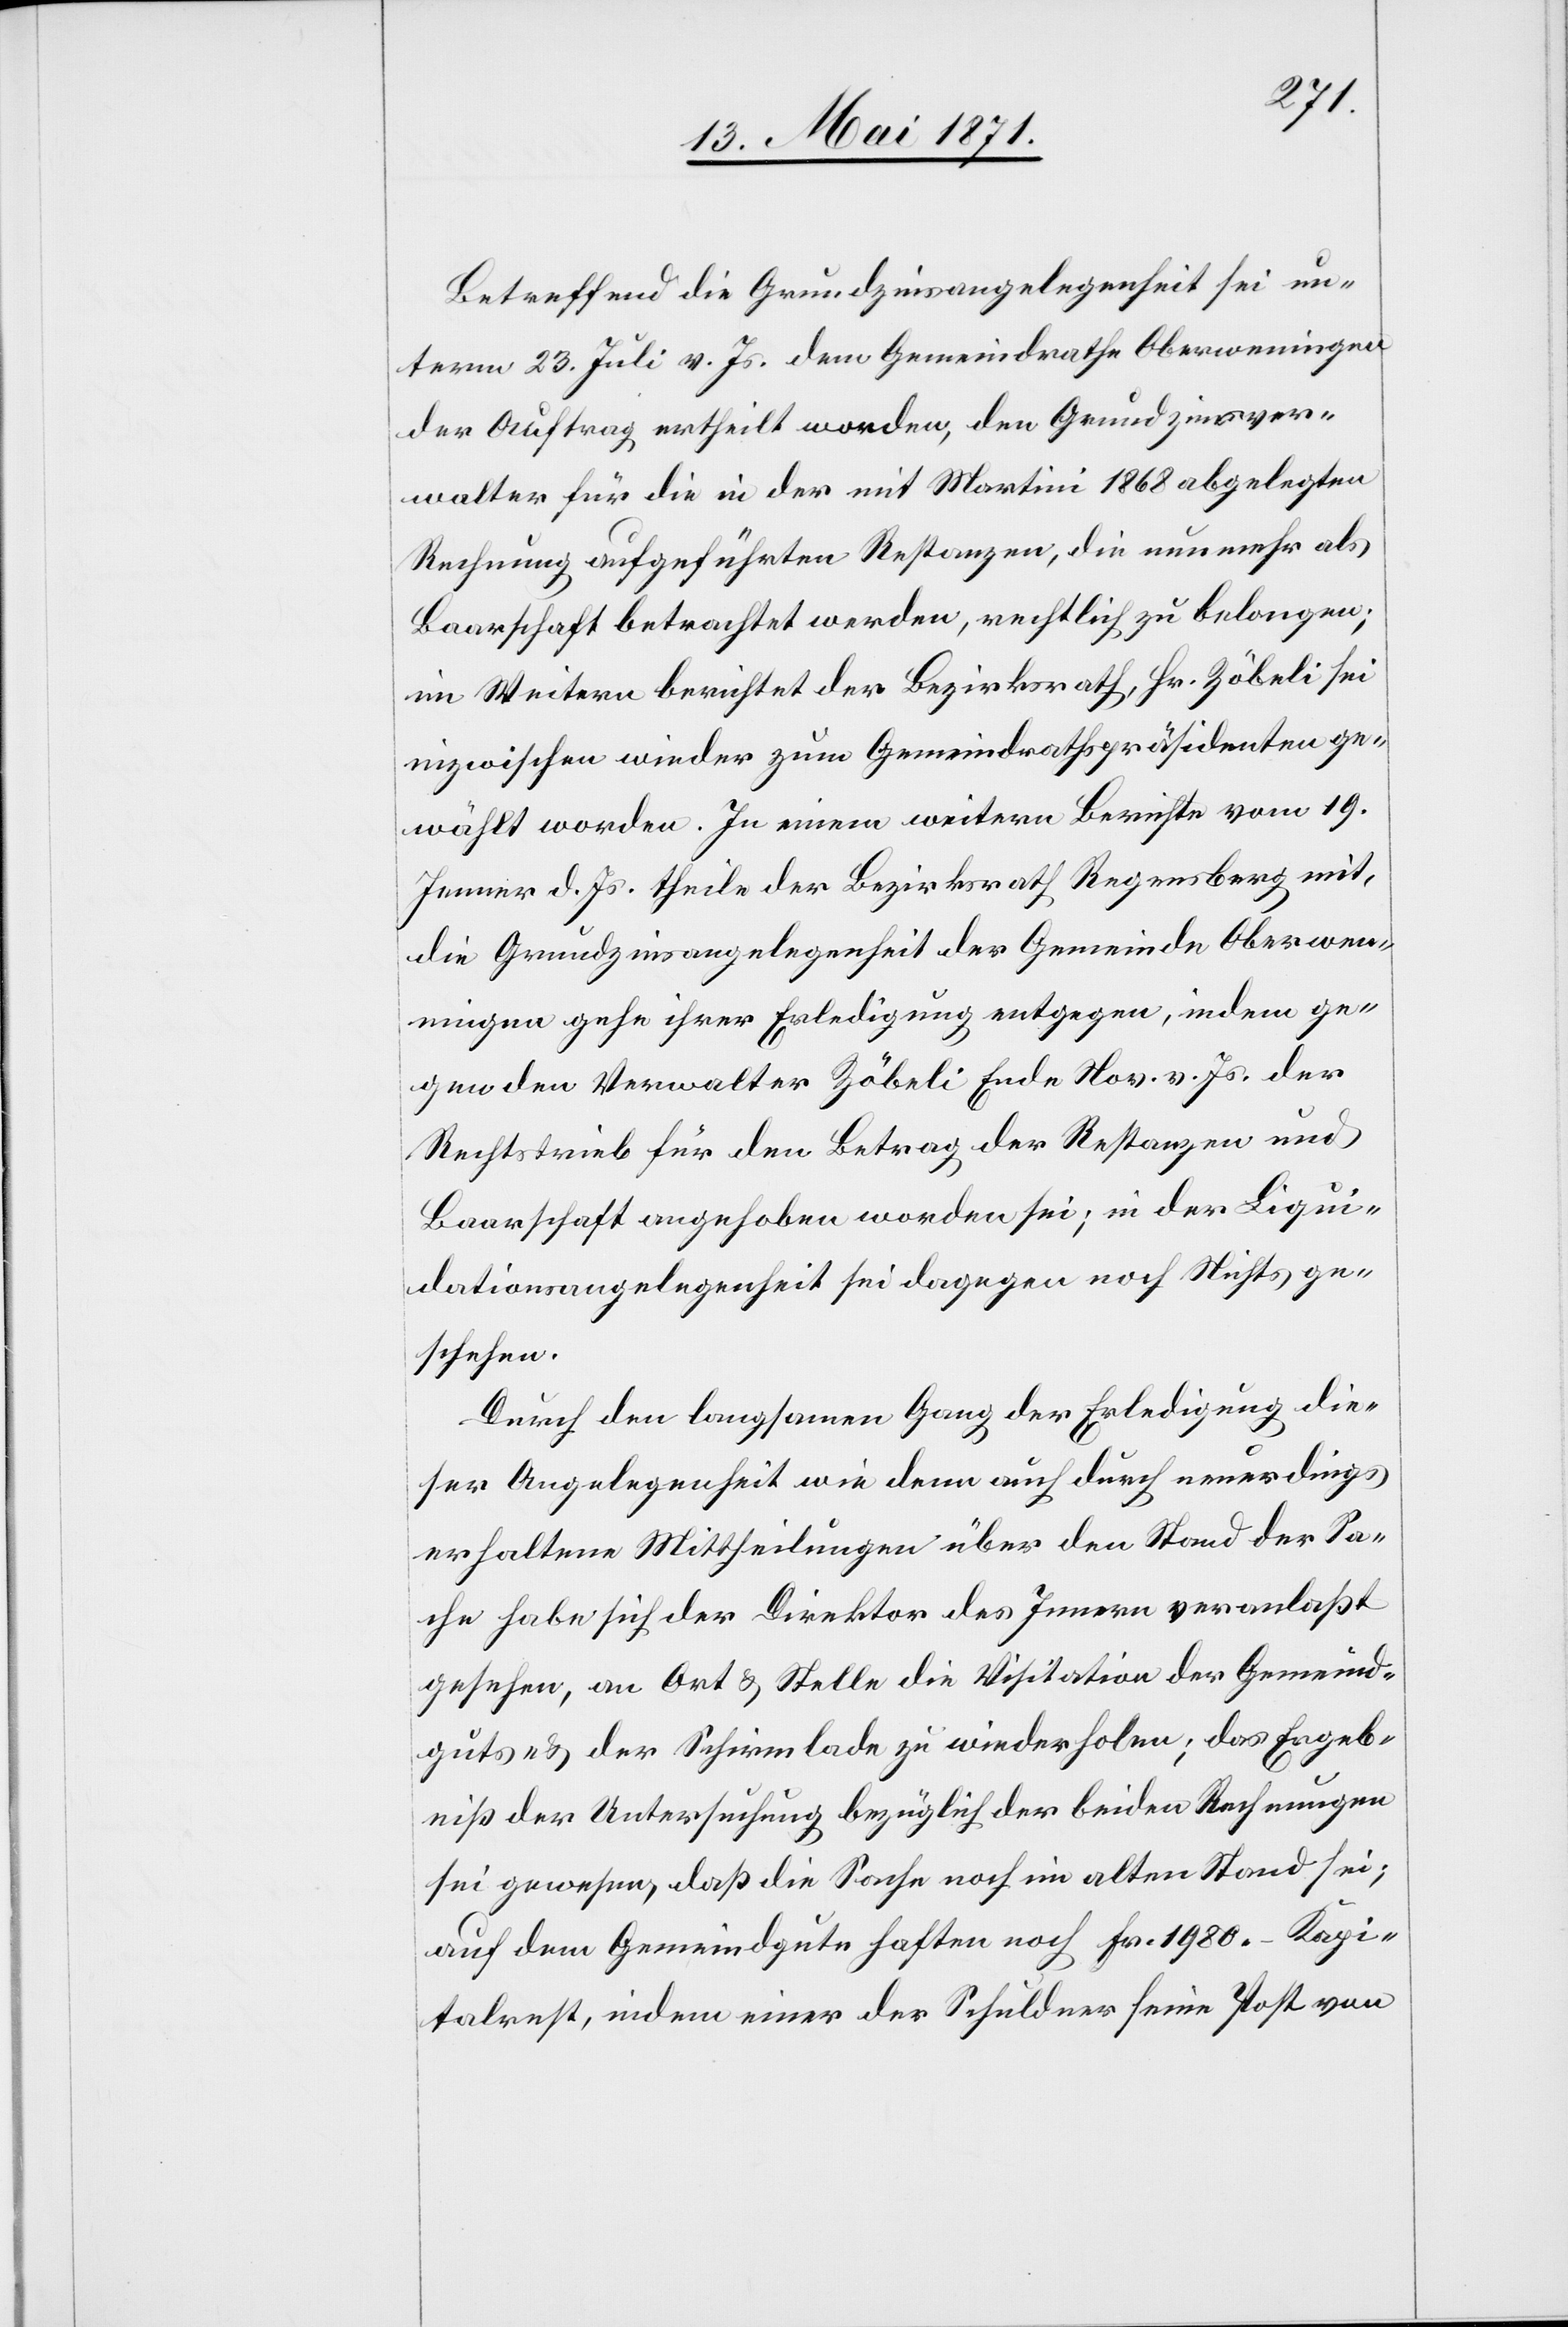
Betreffend die Grundzinsangelegenheit sei un¬
term 23. Juli v. Js. dem Gemeindrathe Oberweningen
der Auftrag ertheilt worden, den Grundzinsver¬
walter für die in der mit Martini 1868 abgelegten
Rechnung aufgeführten Restanzen, die nunmehr als
Baarschaft betrachtet werden, rechtlich zu belangen;
im Weitern berichtet der Bezirksrath, Hr. Zöbeli sei
inzwischen wieder zum Gemeindrathspräsidenten ge¬
wählt worden. In einem weitern Berichte vom 19.
Jenner d. Js. theile der Bezirksrath Regensberg mit,
die Grundzinsangelegenheit der Gemeinde Oberwen¬
ingen gehe ihrer Erledigung entgegen, indem ge¬
gen den Verwalter Zöbeli Ende Nov. v. Js. der
Rechtstrieb für den Betrag der Restanzen und
Baarschaft angehoben worden sei; in der Liqui¬
dationsangelegenheit sei dagegen noch Nichts ge¬
schehen.
Durch den langsamen Gang der Erledigung die¬
ser Angelegenheit wie dem auch durch neuerdings
erhaltene Mittheilung über den Stand der Sa¬
che habe sich der Direktor des Innern veranlaßt
gesehen, an Ort u. Stelle die Visitation der Gemeind¬
guts- u. der Schirmlade zu wiederholen; das Ergeb¬
niß der Untersuchung bezüglich der beiden Rechnungen
sei gewesen, daß die Sache noch im alten Stand sei;
auf dem Gemeindgute haften noch Fr. 1980.– Kapi¬
talrest, indem einer der Schuldner seine Post von